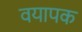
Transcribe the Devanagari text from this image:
वयापक